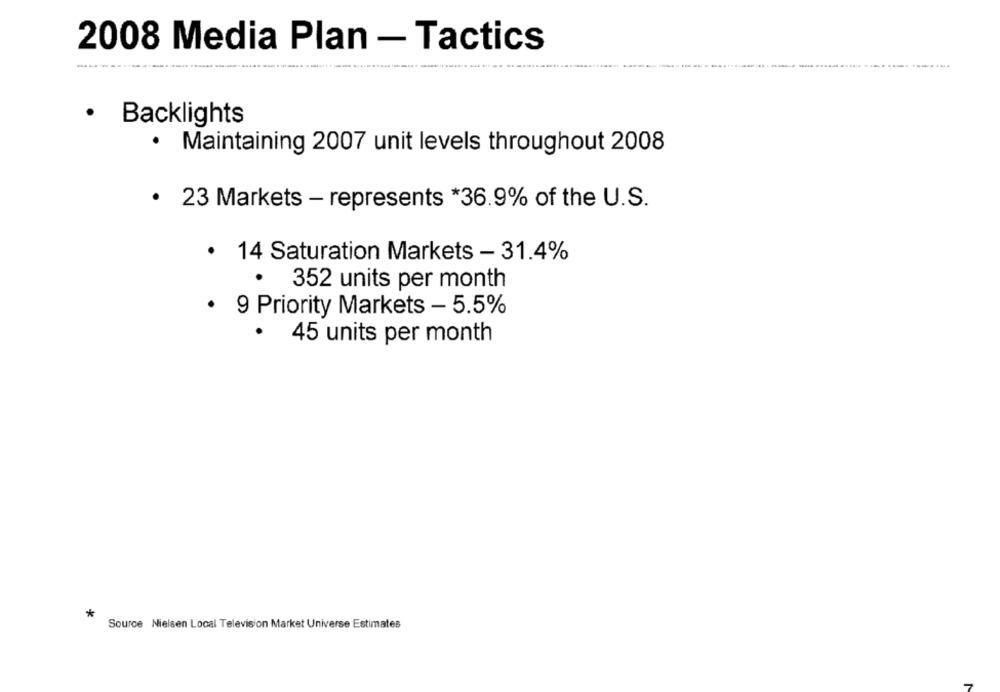
2008 Media Plan - Tactics
.
Backlights
· Maintaining 2007 unit levels throughout 2008
23 Markets - represents *36.9% of the U.S.
· 14 Saturation Markets - 31.4%
· 352 units per month
· 9 Priority Markets - 5.5%
· 45 units per month
Source Nielsen Local Television Market Universe Estimates